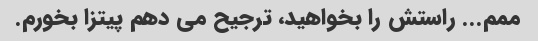
ممم... راستش را بخواهید، ترجیح می دهم پیتزا بخورم.